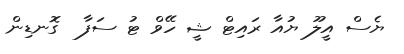
ޔެސް އީލޫ ޔުއާ ރައިޓް ޝީ ހޭވް ޓު ސަފާ  ގޮނޑިން